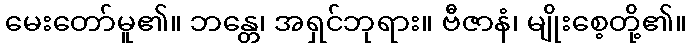
မေးတော်မူ၏။ ဘန္တေ၊ အရှင်ဘုရား။ ဗီဇာနံ၊ မျိုးစေ့တို့၏။